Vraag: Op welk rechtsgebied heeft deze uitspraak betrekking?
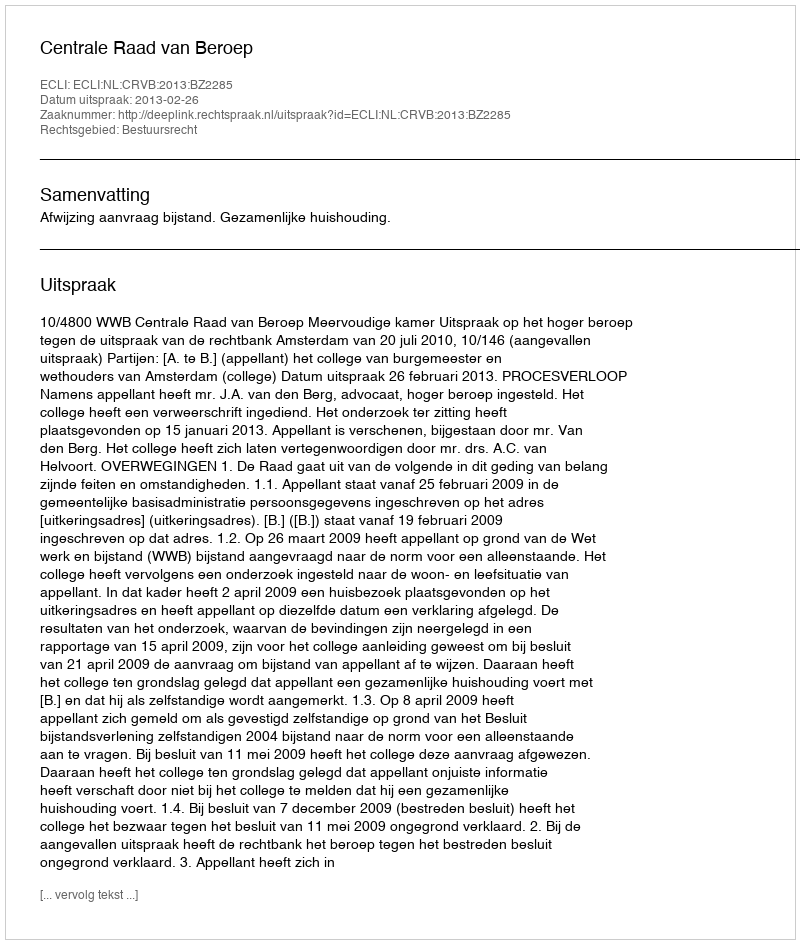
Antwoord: Bestuursrecht